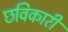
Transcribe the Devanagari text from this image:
छविकारी